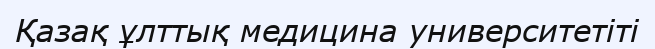
Қазақ ұлттық медицина университетіті